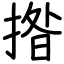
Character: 揝